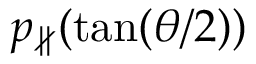
p _ { \nparallel } ( \tan ( \theta / 2 ) )